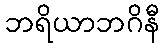
ဘရိယာဘဂိနီ